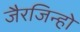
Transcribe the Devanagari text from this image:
जैरजिन्हो